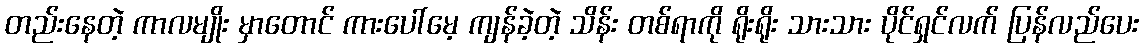
တည်းနေတဲ့ ကာလမျိုး မှာတောင် ကားပေါ်မေ့ ကျန်ခဲ့တဲ့ သိန်း တစ်ရာကို ရိုးရိုး သားသား ပိုင်ရှင်လက် ပြန်လည်ပေး